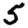
Digit: 5